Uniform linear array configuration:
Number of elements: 24
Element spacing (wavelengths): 0.75
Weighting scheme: blackman
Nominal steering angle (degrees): -30
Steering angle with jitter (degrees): -30.038
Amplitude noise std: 0.05
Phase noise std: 0.05

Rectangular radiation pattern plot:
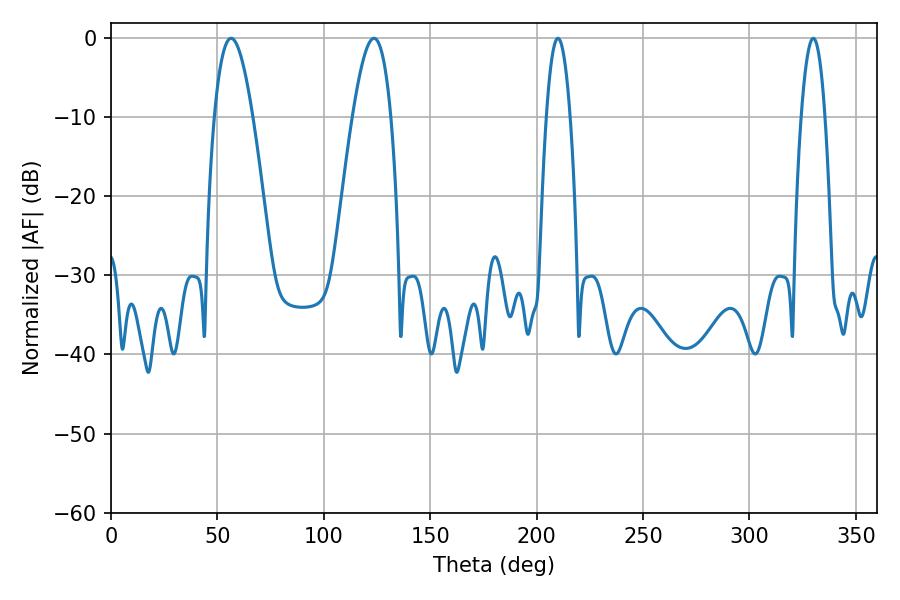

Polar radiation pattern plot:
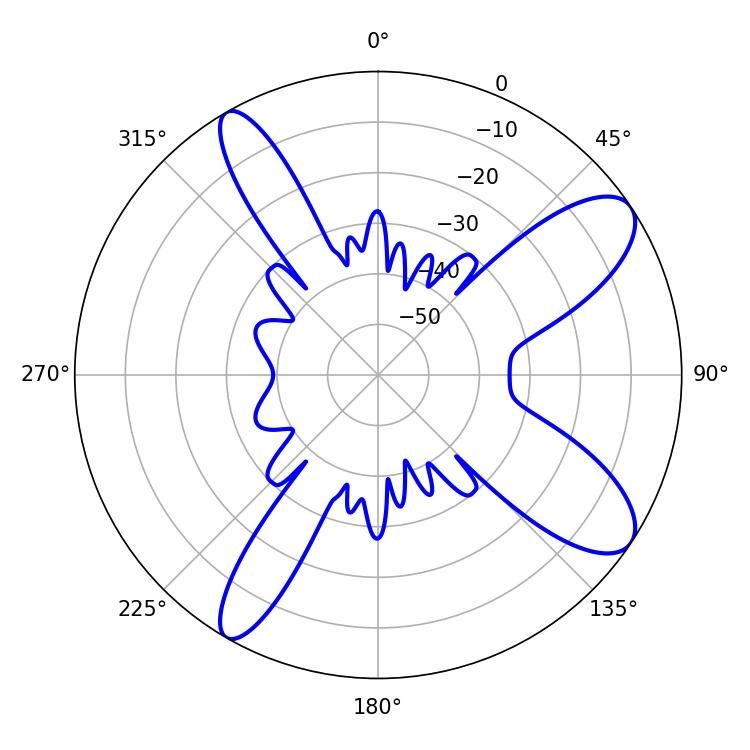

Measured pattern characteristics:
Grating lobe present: TRUE
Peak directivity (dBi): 10.112
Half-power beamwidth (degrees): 6.12
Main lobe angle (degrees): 210.06